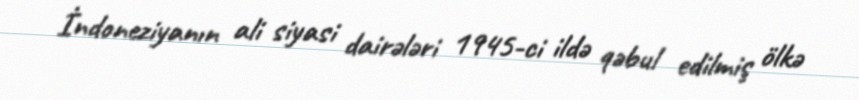
İndoneziyanın ali siyasi dairələri 1945-ci ildə qəbul edilmiş ölkə